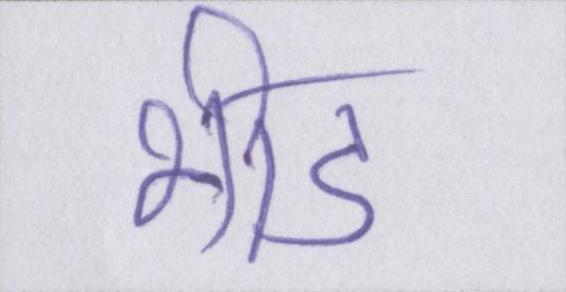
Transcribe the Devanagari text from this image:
भीड